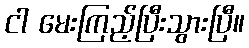
ငါ မေးကြည့်ပြီးသွားပြီ။